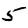
Digit: 5